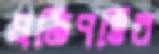
প্রতিপত্তির